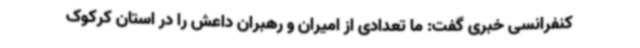
کنفرانسی خبری گفت: ما تعدادی از امیران و رهبران داعش را در استان کرکوک